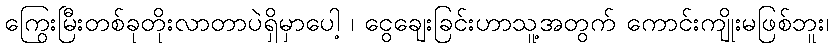
ကြွေးမြီးတစ်ခုတိုးလာတာပဲရှိမှာပေါ့ ၊ ငွေချေးခြင်းဟာသူ့အတွက် ကောင်းကျိုးမဖြစ်ဘူး၊